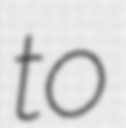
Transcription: to